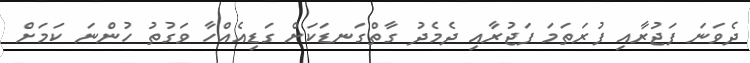
ދެވަނަ ފަޖުރާއި ފުރަތަމަ ފަޖުރާއި ދެމެދު ގާތްގަނޑަކަށް ގަޑިއެއްހާ ވަގުތު ހުންނަ ކަމަށް